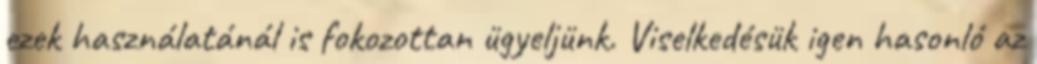
ezek használatánál is fokozottan ügyeljünk. Viselkedésük igen hasonló az